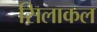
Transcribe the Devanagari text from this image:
सिलाकल